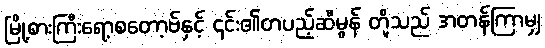
မြို့စားကြီးရော့စတော့ဗ်နှင့် ၎င်း၏တပည့်ဆီမွန် တို့သည် အတန်ကြာမျှ